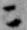
ニ